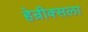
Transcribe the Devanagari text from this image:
हेन्रीक्सला